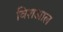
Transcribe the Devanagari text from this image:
विशआल